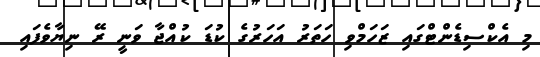
މި އެކްސިޑެންޓްގައި ޒަހަމްވި ހަތަރު އަހަރުގެ ކުޑަ ކުއްޖާ ވަނީ ރޭ ނިޔާވެފައި